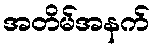
အတိမ်အနက်